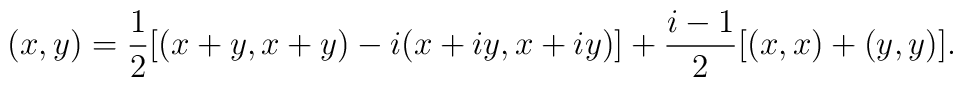
(x,y)=\frac{1}{2}[(x+y,x+y)-i(x+iy,x+iy)]         +\frac{i-1}{2}[(x,x)+(y,y)].